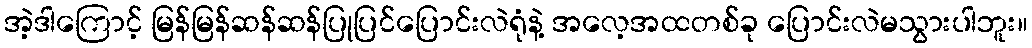
အဲ့ဒါကြောင့် မြန်မြန်ဆန်ဆန်ပြုပြင်ပြောင်းလဲရုံနဲ့ အလေ့အထတစ်ခု ပြောင်းလဲမသွားပါဘူး။